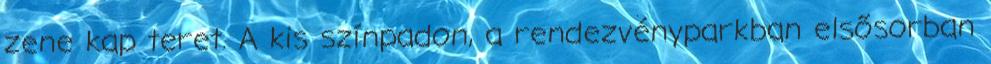
zene kap teret. A kis színpadon, a rendezvényparkban elsősorban